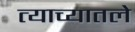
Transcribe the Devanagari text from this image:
त्याच्यातले